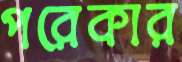
পরেকার